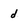
Character: d